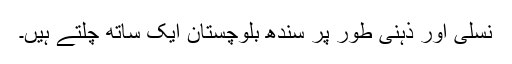
نسلی اور ذہنی طور پر سندھ بلوچستان ایک ساتھ چلتے ہیں۔